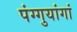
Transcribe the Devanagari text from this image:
पंग्गुयांगां